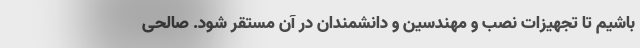
باشیم تا تجهیزات نصب و مهندسین و دانشمندان در آن مستقر شود. صالحی